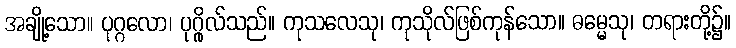
အချို့သော။ ပုဂ္ဂလော၊ ပုဂ္ဂိုလ်သည်။ ကုသလေသု၊ ကုသိုလ်ဖြစ်ကုန်သော။ ဓမ္မေသု၊ တရားတို့၌။